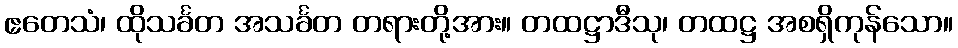
ဧတေသံ၊ ထိုသင်္ခတ အသင်္ခတ တရားတို့အား။ တထဋ္ဌာဒီသု၊ တထဋ္ဌ အစရှိကုန်သော။